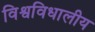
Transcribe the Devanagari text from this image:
विश्वविधालीय